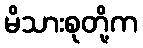
မိသားစုတို့က